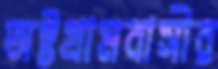
অষ্টগ্রামবাসীর